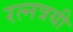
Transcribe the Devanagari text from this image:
रत्नत्रयी